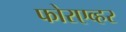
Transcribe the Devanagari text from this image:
फोरएव्हर